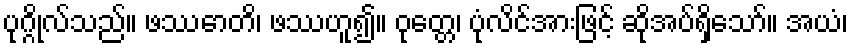
ပုဂ္ဂိုလ်သည်။ ဖဿောတိ၊ ဖဿဟူ၍။ ဝုတ္တေ၊ ပုံလိင်အားဖြင့် ဆိုအပ်ရှိသော်။ အယံ၊